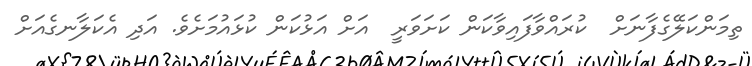
ތިމަންކަލޭގެފާނަށް  ކުރައްވާފައިވާކަން ކަށަވަރީ  އަށް އަޅުކަން ކުޅައުމަށެވެ. އަދި އެކަލާނގެއަށް